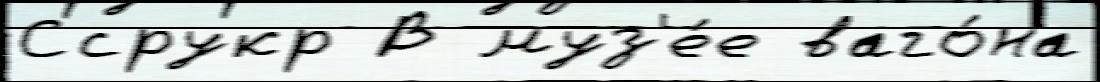
Ссрукр В муз'е́е ваго́на